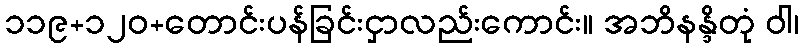
၁၁၉+၁၂၀+တောင်းပန်ခြင်းငှာလည်းကောင်း။ အဘိနန္ဒိတုံ ဝါ၊